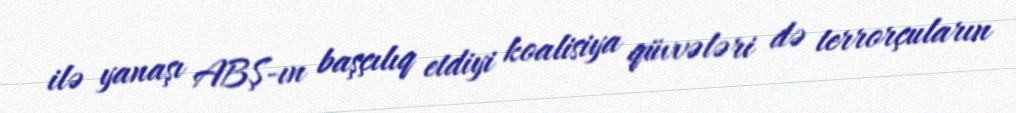
ilə yanaşı ABŞ-ın başçılıq etdiyi koalisiya qüvvələri də terrorçuların